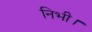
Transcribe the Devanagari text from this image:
निभी।